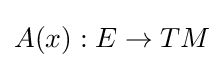
A(x):E\to TM